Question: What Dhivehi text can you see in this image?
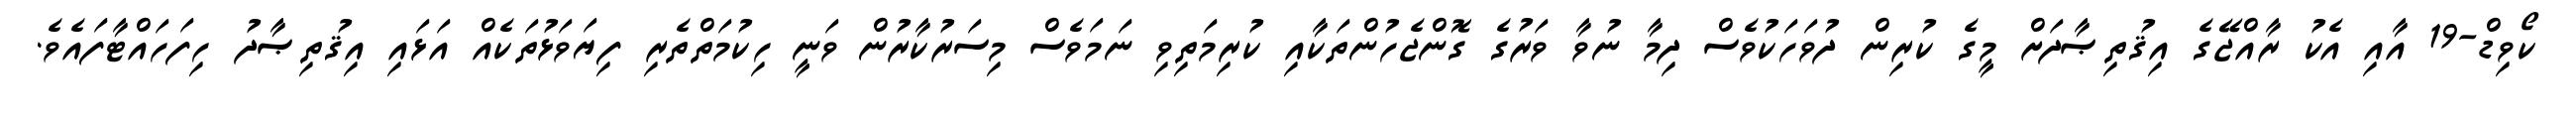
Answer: ކޯވިޑް-19 އާއި އެކު ރާއްޖޭގެ އިޤުތިޞާދަށް މީގެ ކުރިން ދުވަހަކުވެސް ދިމާ ނުވާ ވަރުގެ ގޮންޖެހުންތަކާއި ކުރިމަތިވި ނަމަވެސް މިސަރުކާރުން ވަނީ ހިކުމަތްތެރި ފިޔަވަޅުތަކެއް އަޅައި އިޤުތިޞާދު ހިފަހައްޓާފައެވެ.